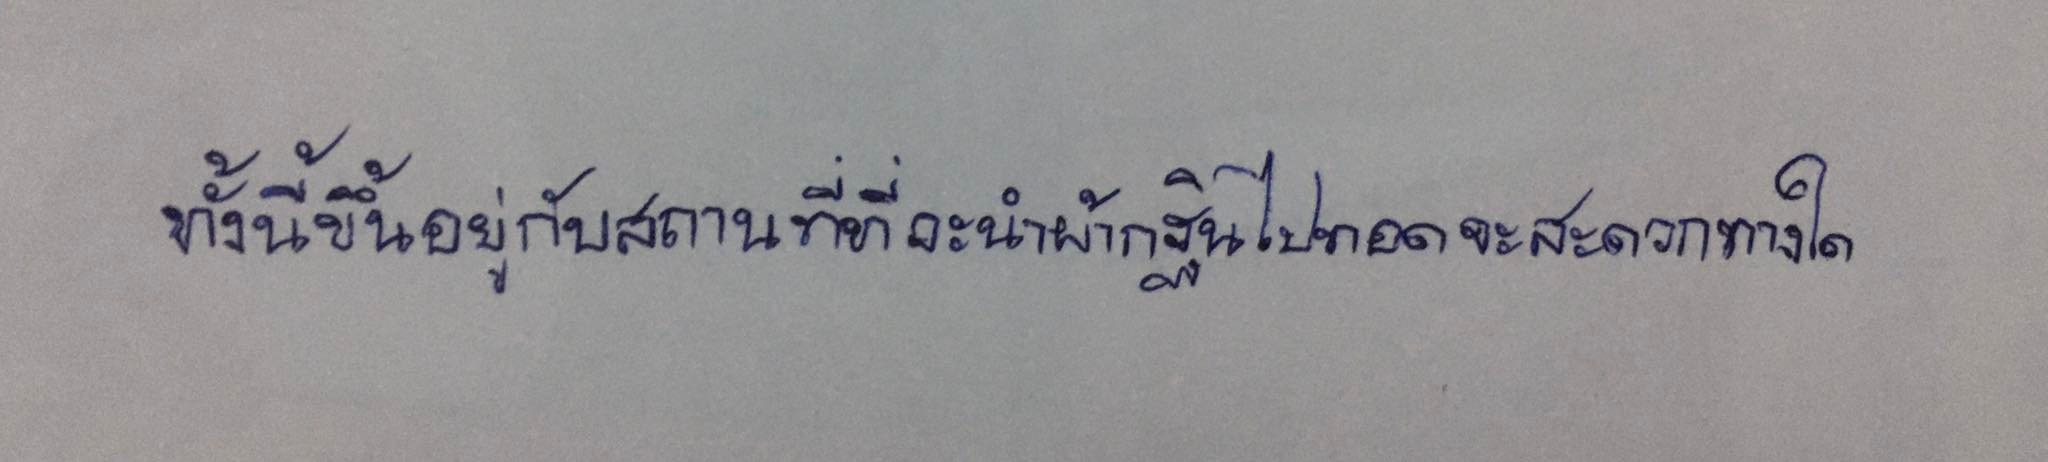
ทั้งนี้ขึ้นอยู่กับสถานที่ที่จะนำผ้ากฐินไปทอดจะสะดวกทางใด